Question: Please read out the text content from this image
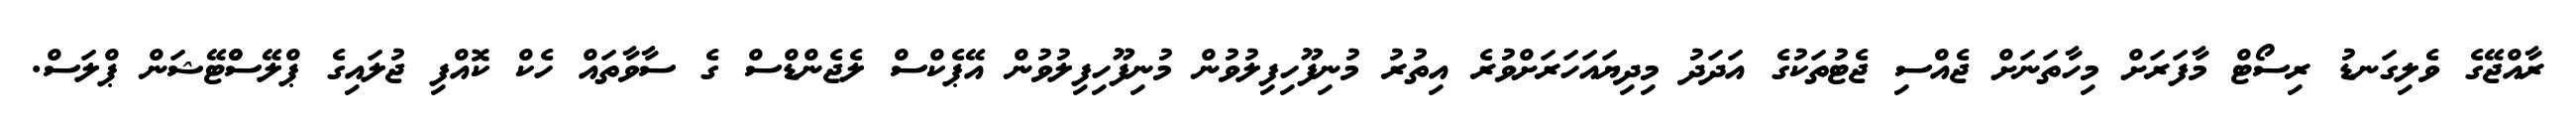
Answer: ރާއްޖޭގެ ވެލިގަނޑު ރިސޯޓް މާފަރަށް މިހާތަނަށް ޖެއްސި ޖެޓުތަކުގެ އަދަދު މިދިޔައަހަރަށްވުރެ އިތުރު މުނިފޫހިފިލުވުން މުނިފޫހިފިލުވުން އޭޕެކްސް ލެޖެންޑްސް ގެ ސާވާތައް ހެކް ކޮއްފި ޖުލައިގެ ޕްލޭސްްޓޭޝަން ޕްލަސް.